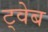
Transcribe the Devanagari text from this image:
ट्वेब